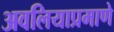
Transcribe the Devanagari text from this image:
अवलियाप्रमाणे